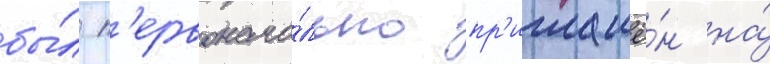
бы́л п'ервонача́льно пр'иглашё́н на́